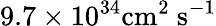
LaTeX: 9.7\times 10^{34}\mathrm{{cm}^{2}\ \mathrm{{s}^{-1}}}